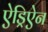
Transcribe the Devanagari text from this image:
ऐड्रिऐन